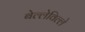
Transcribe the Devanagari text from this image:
बेल्लेविल्ले